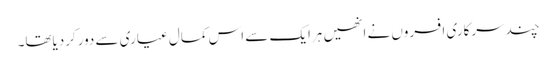
چندسرکاری افسروں نے انھیں ہرایک سے اس کمال عیاری سے دورکردیاتھا۔